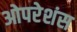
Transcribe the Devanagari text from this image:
ओपरेशंस